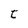
Character: t